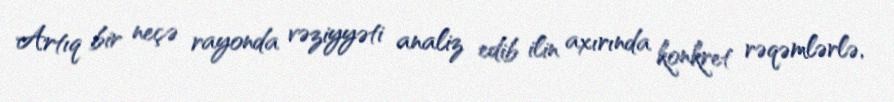
Artıq bir neçə rayonda vəziyyəti analiz edib ilin axırında konkret rəqəmlərlə,